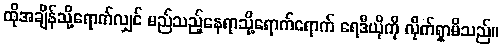
ထိုအချိန်သို့ရောက်လျှင် မည်သည့်နေရာသို့ရောက်ရောက် ရေဒီယိုကို လိုက်ရှာမိသည်။